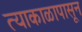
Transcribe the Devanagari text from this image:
त्याकाळापासून